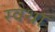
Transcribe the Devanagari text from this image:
स्वेथा